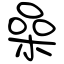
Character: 喿